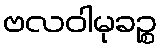
ဗလဝါမုခဉ္စ